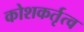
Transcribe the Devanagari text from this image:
कोशकर्तृत्व